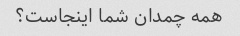
همه چمدان شما اینجاست؟